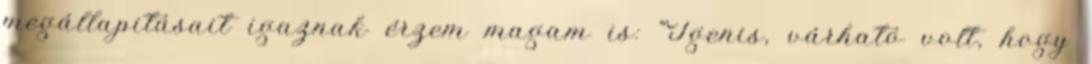
megállapitásait igaznak érzem magam is: “Igenis, várható volt, hogy